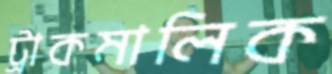
ট্রাকমালিক